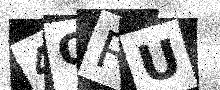
Text: 4ORU